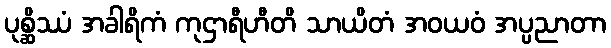
ပုစ္ဆိဿံ အခါရိကံ ကုဌာရီဟီတိ သာယိတံ အဝယဝံ အပ္ပညာတာ